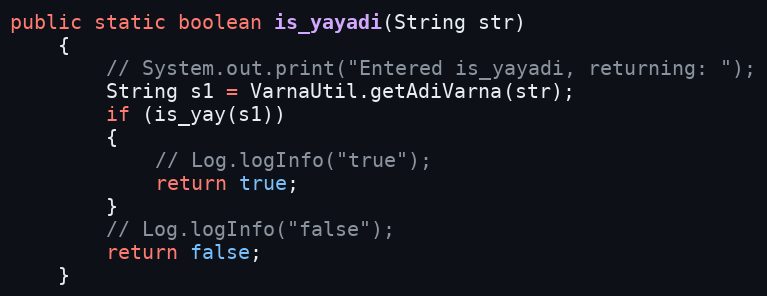
Language: Java
public static boolean is_yayadi(String str)
    {
        // System.out.print("Entered is_yayadi, returning: ");
        String s1 = VarnaUtil.getAdiVarna(str);
        if (is_yay(s1))
        {
            // Log.logInfo("true");
            return true;
        }
        // Log.logInfo("false");
        return false;
    }